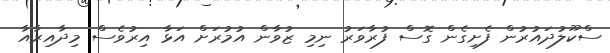
ސްކޫލުދައުރުން ފެށިގެން ގޮސް ފުރާވަރު ނިމި ޒުވާން އުމުރަށް އަޅާ އިރުވެސް މިދާއިރާއާ